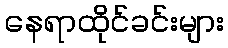
နေရာထိုင်ခင်းများ